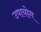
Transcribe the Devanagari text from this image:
उपायोग